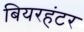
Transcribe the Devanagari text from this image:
बियरहंटर